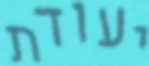
יעודת